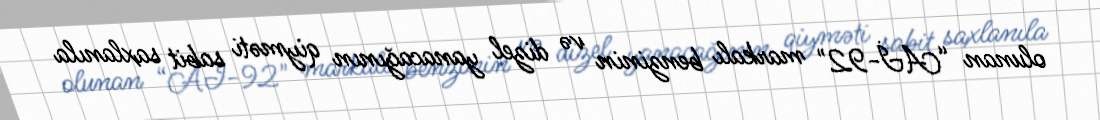
olunan “Aİ-92" markalı benzinin və dizel yanacağının qiyməti sabit saxlanıla